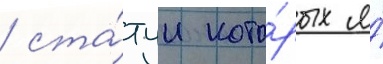
/ ста́туи кото́рых я́